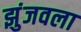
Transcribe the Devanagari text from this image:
झुंजवला